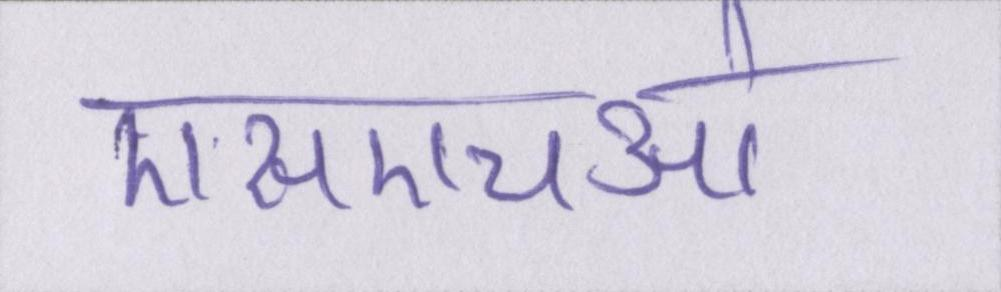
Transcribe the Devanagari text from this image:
एसएचओ